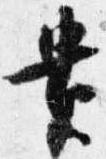
貴